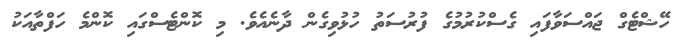
ހޭޝްޓެގް ޖައްސަވާފައި ގެސްކުރުމުގެ ފުރުސަތު ހުޅުވިގެން ދާނެއެވެ. މި ކޮންޓެސްގައި ކޮންމެ ހަފްތާއަކު